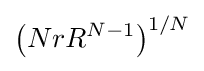
\left(NrR^{N-1}\right)^{1/N}